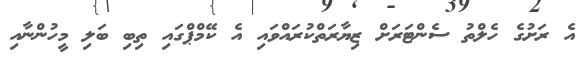
އެ ރަށުގެ ހެލްތު ސެންޓަރަށް ޒިޔާރަތްކުރައްވައި އެ ކޭމްޕްގައި ތިބި ބަލި މީހުންނާއި